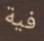
فية